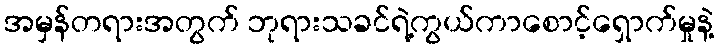
အမှန်တရားအတွက် ဘုရားသခင်ရဲ့ကွယ်ကာစောင့်ရှောက်မှုနဲ့